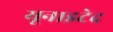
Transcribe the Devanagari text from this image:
यूनाइटेद